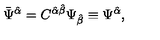
\bar { \Psi } ^ { \hat { \alpha } } = C ^ { \hat { \alpha } \hat { \beta } } \Psi _ { \hat { \beta } } \equiv \Psi ^ { \hat { \alpha } } ,